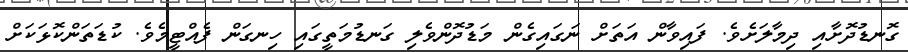
ގޮނޑުދޮށާއި ދިމާލަށެވެ. ފައިވާން އަތަށް ނަގައިގެން މަޑުދޮންވެލި ގަނޑުމަތީގައި ހިނގަން ފެއްޓީމެވެ. ކުޑަތަންކޮޅަކަށް